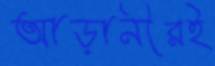
আড়ানীরই